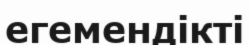
егемендікті